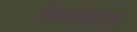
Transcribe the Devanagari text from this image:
फिनलंडाचा